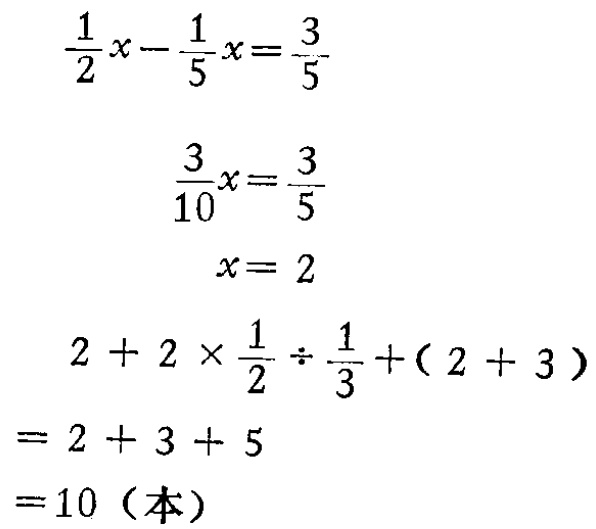
\[

\begin{align*}

\frac{1}{2}x - \frac{1}{5}x&=\frac{3}{5}\\

\frac{3}{10}x&=\frac{3}{5}\\

x&= 2\\

2 + 2\times\frac{1}{2}\div\frac{1}{3}+(2 + 3)&\\

= 2 + 3+ 5&\\

=10 \text{（本）}&

\end{align*}

\]